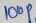
Text: 100P